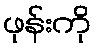
ဖုန်းကို